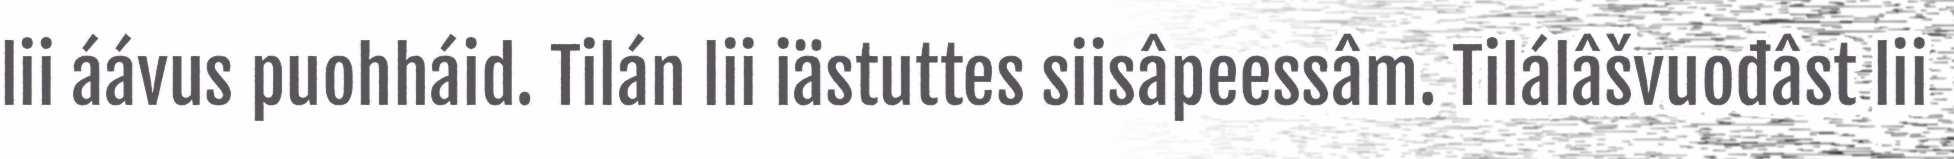
lii áávus puohháid. Tilán lii iästuttes siisâpeessâm. Tilálâšvuođâst lii